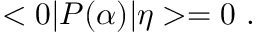
< 0 | P ( \alpha ) | \eta > = 0 \ .